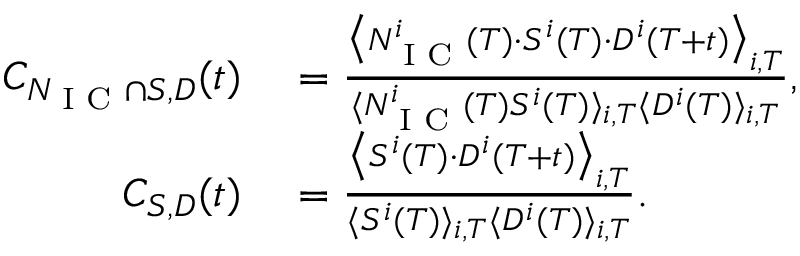
\begin{array} { r l } { C _ { N _ { \textrm { I C } } \cap S , D } ( t ) } & { { } = \frac { \big \langle N _ { \textrm { I C } } ^ { i } ( T ) \cdot S ^ { i } ( T ) \cdot D ^ { i } ( T + t ) \big \rangle _ { i , T } } { { \langle N _ { \textrm { I C } } ^ { i } ( T ) S ^ { i } ( T ) \rangle _ { i , T } \langle D ^ { i } ( T ) \rangle _ { i , T } } } , } \\ { C _ { S , D } ( t ) } & { { } = \frac { \big \langle S ^ { i } ( T ) \cdot D ^ { i } ( T + t ) \big \rangle _ { i , T } } { \langle S ^ { i } ( T ) \rangle _ { i , T } \langle D ^ { i } ( T ) \rangle _ { i , T } } . } \end{array}